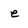
Character: e